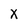
Character: X